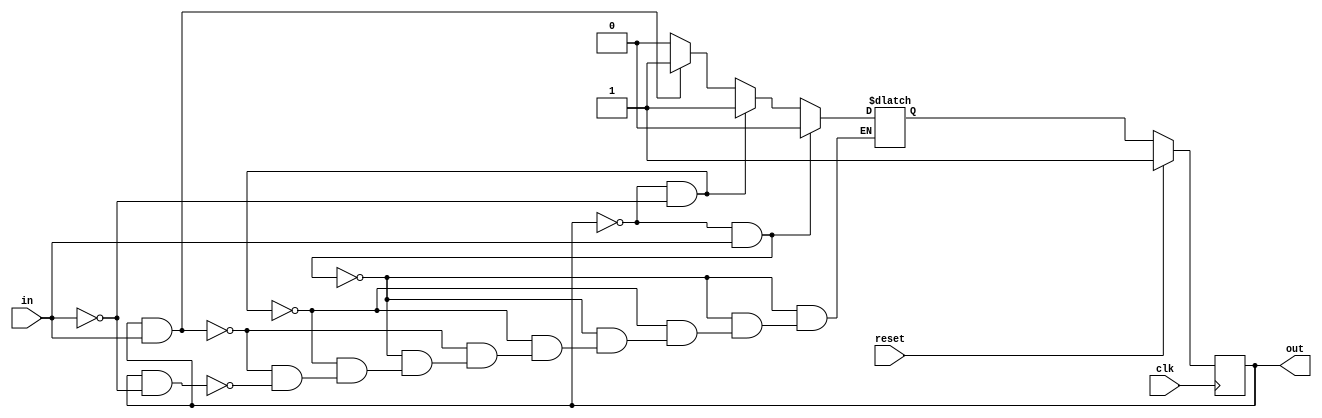
/*This is a Moore state machine with two states, one input, and one output. Implement this state machine. Notice that the reset state is B.

This exercise is the same as fsm1, but using synchronous reset.

Fsm1s.png*/
module top_module(clk, reset, in, out);
    input clk;
    input reset;    // Synchronous reset to state B
    input in;
    output  out;//  
    parameter A=0, B=1; 
    reg state, next_state;

    always @(*) begin    // This is a combinational always block
        // State transition logic
        if (state==A && in==1'b1)
            next_state=A;
        else if(state==A && in==1'b0)
            next_state=B;
        else if(state==B && in==1'b1)
            next_state=B;
        else if(state==B && in==1'b0)
            next_state=A;
    end

    always @(posedge clk)
        begin    // This is a sequential always block
        // State flip-flops with asynchronous reset
        if(reset)
            begin
            state<=B;
            end          
        else 
            state<=next_state;
    end

    // Output logic
     assign out = state;

endmodule